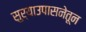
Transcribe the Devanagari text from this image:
सुर्याउपासनेतून